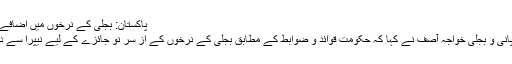
پاکستان: بجلی کے نرخوں میں اضافے کا نوٹیفکیشن واپس
وفاقی وزیر برائے پانی و بجلی خواجہ آصف نے کہا کہ حکومت قوائد و ضوابط کے مطابق بجلی کے نرخوں کے از سر نو جائزے کے لیے نیپرا سے درخواست کرے گی۔